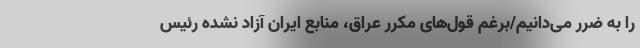
را به ضرر می‌دانیم/برغم قول‌های مکرر عراق، منابع ایران آزاد نشده رئیس